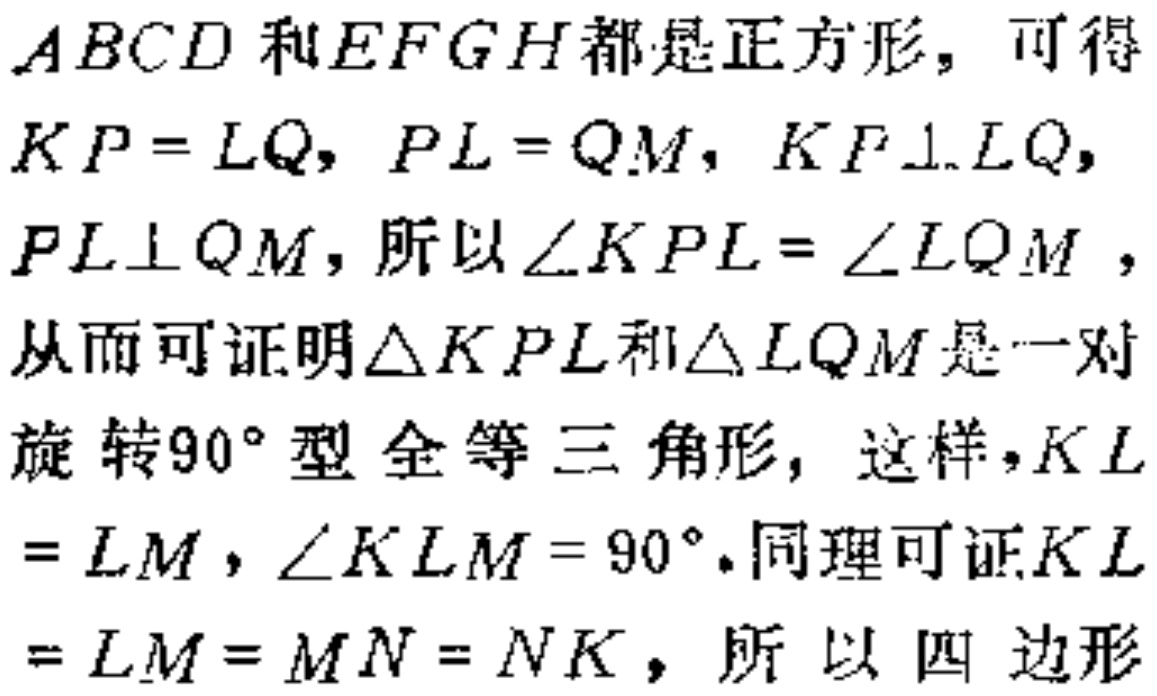
$ABCD$和$EFGH$都是正方形，可得

$KP = LQ$，$PL = QM$，$KF\perp LQ$，

$PL\perp QM$，所以$\angle KPL = \angle LQM$，

从而可证明$\triangle KPL$和$\triangle LQM$是一对

旋转$90^{\circ}$型全等三角形，这样，$KL$

$= LM$，$\angle KLM = 90^{\circ}$.同理可证$KL$

$= LM = MN = NK$，所以四边形